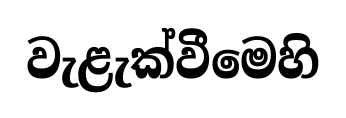
වැළැක්වීමෙහි